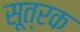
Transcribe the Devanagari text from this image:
सूत्रक